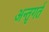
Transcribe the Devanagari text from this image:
अन्तृगर्त